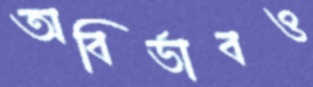
অবির্ভাবও